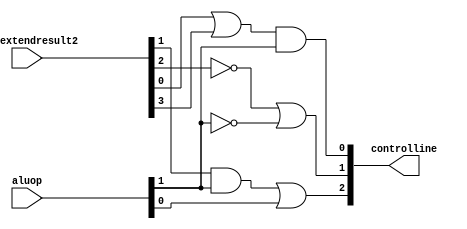
//`timescale 1ps/1ps
module littlecontrol(input [1:0] aluop,
                     input [31:0] signextendresult2,
                     output reg  [2:0] controlline
                     );
    wire [5:0]                         a;
    assign a = signextendresult2[5:0];
 
    always @ (*)
      begin
          
          controlline[2] = (a[1] & aluop[1]) | aluop[0];
          controlline[1] = ~a[2]| ~aluop[1];
          controlline[0] = (a[0] | a[3]) & aluop[1];
      end
    
endmodule // littlecontrol